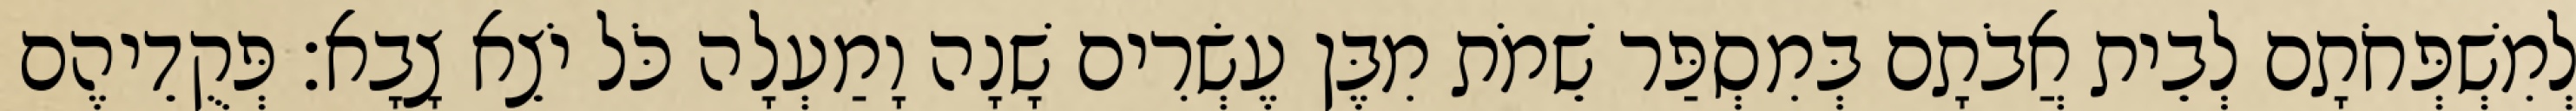
לְמִשְׁפְּחֹתָם לְבֵית אֲבֹתָם בְּמִסְפַּר שֵׁמֹת מִבֶּן עֶשְׂרִים שָׁנָה וָמַעְלָה כֹּל יֹצֵא צָבָא׃ פְּקֻדֵיהֶם